Civil Veterinary Dept. Bombay admin report 1932-41 - 1932-1941
Year: 1932
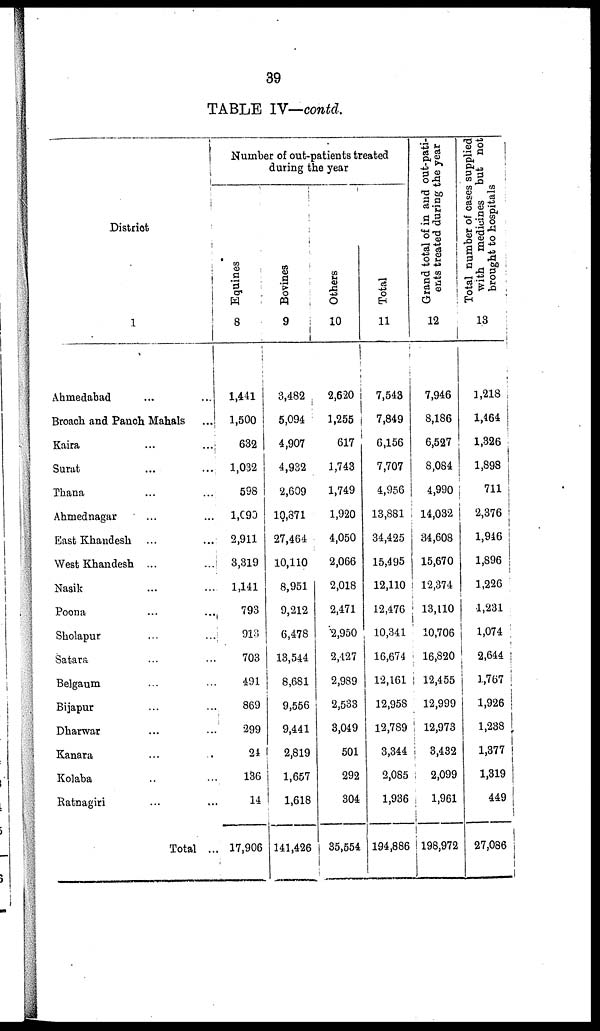
39
TABLE IV—contd.
District
1
Ahmedabad ... ...
Broach and Panch Mahals ...
Kaira ... ...
Surat ... ...
Thana ... ...
Ahmednagar ... ...
East Khandesh ... ...
West Khandesh ... ...
Nasik ... ...
Poona ... ...
Sholapur ... ...
Satara ... ...
Belgaum ... ...
Bijapur ... ...
Dharwar ... ...
Kanara ... ...
Kolaba ... ...
Ratnagiri ... ...
Total ...
Number of out-patients treated
during the year
Equines
8
1,441
1,500
632
1,032
598
1,090
2,911
3,319
1,141
793
913
703
491
869
299
24
136
14
17,906
Bovines
9
3,482
5,094
4,907
4,932
2,609
10,371
27,464
10,110
8,951
9,212
6,478
13,544
8,681
9,556
9,441
2,819
1,657
1,618
141,426
Others
10
2,620
1,255
617
1,743
1,749
1,920
4,050
2,066
2,018
2,471
2,950
2,427
2,989
2,533
3,049
501
292
304
35,554
Total
11
7,543
7,849
6,156
7,707
4,956
13,881
34,425
15,495
12,110
12,476
10,341
16,674
12,161
12,958
12,789
3,344
2,085
1,936
194,886
Grand total of in and out-pati-
ents treated during the year
12
7,946
8,186
6,527
8,084
4,990
14,032
34,608
15,670
12,374
13,110
10,706
16,820
12,455
12,999
12,973
3,432
2,099
1,961
198,972
Total number of cases supplied
with medicines but not
brought to hospitals
13
1,218
1,464
1,326
1,898
711
2,376
1,916
1,896
1,226
1,231
1,074
2,644
1,767
1,926
1,238
1,377
1,319
449
27,086